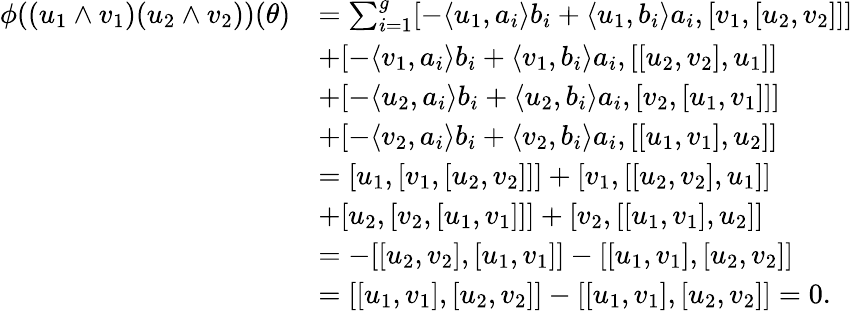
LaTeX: \begin{array}{rl}{\phi((u_{1}\wedge v_{1})(u_{2}\wedge v_{2}))(\theta)}&{=\sum_{i=1}^{g}[-\langle u_{1},a_{i}\rangle b_{i}+\langle u_{1},b_{i}\rangle a_{i},[v_{1},[u_{2},v_{2}]]]}\\ &{+[-\langle v_{1},a_{i}\rangle b_{i}+\langle v_{1},b_{i}\rangle a_{i},[[u_{2},v_{2}],u_{1}]]}\\ &{+[-\langle u_{2},a_{i}\rangle b_{i}+\langle u_{2},b_{i}\rangle a_{i},[v_{2},[u_{1},v_{1}]]]}\\ &{+[-\langle v_{2},a_{i}\rangle b_{i}+\langle v_{2},b_{i}\rangle a_{i},[[u_{1},v_{1}],u_{2}]]}\\ &{=[u_{1},[v_{1},[u_{2},v_{2}]]]+[v_{1},[[u_{2},v_{2}],u_{1}]]}\\ &{+[u_{2},[v_{2},[u_{1},v_{1}]]]+[v_{2},[[u_{1},v_{1}],u_{2}]]}\\ &{=-[[u_{2},v_{2}],[u_{1},v_{1}]]-[[u_{1},v_{1}],[u_{2},v_{2}]]}\\ &{=[[u_{1},v_{1}],[u_{2},v_{2}]]-[[u_{1},v_{1}],[u_{2},v_{2}]]=0.}\end{array}